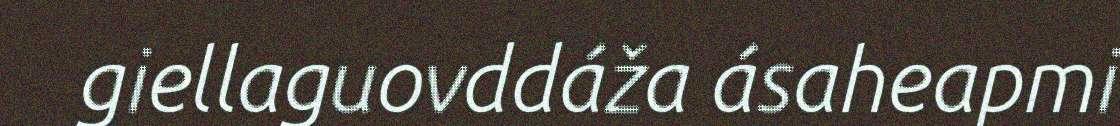
giellaguovddáža ásaheapmi